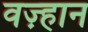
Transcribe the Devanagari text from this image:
वज़्हान